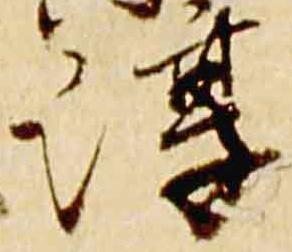
淳